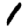
Digit: 1